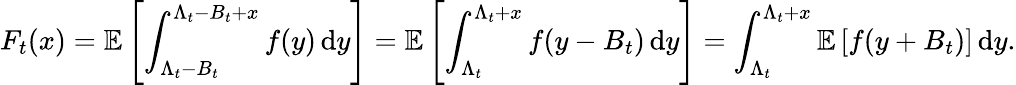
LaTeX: F_{t}(x)=\mathbb{E}\left[\int_{\Lambda_{t}-B_{t}}^{\Lambda_{t}-B_{t}+x}f(y)\, \mathrm{d}y\right]=\mathbb{E}\left[\int_{\Lambda_{t}}^{\Lambda_{t}+x}f(y-B_{t})\, \mathrm{d}y\right]=\int_{\Lambda_{t}}^{\Lambda_{t}+x}\mathbb{E}\left[f(y+B_{t})\right]\, \mathrm{d}y.